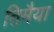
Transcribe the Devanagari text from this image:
तिमैया